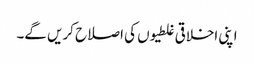
اپنی اخلاقی غلطیوں کی اصلاح کریں گے۔